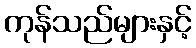
ကုန်သည်များနှင့်